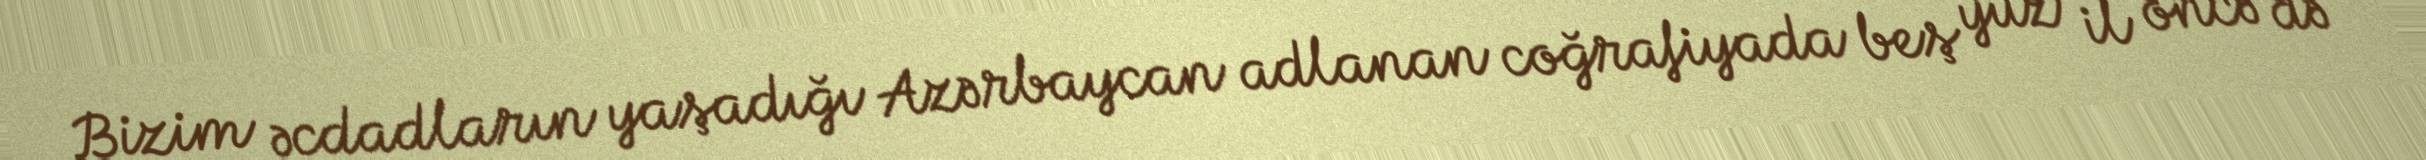
Bizim əcdadların yaşadığı Azərbaycan adlanan coğrafiyada beş yüz il öncə də